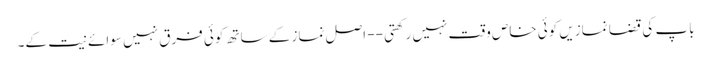
باپ کی قضا نمازیں کوئی خاص وقت نہیں رکھتی -- اصل نماز کے ساتھ کوئی فرق نہیں سوائے نیت کے۔